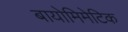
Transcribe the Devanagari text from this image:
बायोमिमेटिक